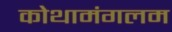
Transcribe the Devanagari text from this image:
कोथामंगलम